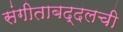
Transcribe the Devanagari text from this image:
संगीताबद्दलची